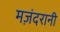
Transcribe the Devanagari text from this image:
मज़ंदरानी